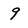
Character: 9